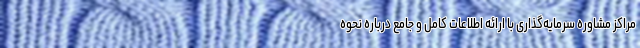
مراکز مشاوره سرمایه‌گذاری با ارائه اطلاعات کامل و جامع درباره نحوه